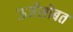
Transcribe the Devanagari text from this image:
ऊर्जेसोबत